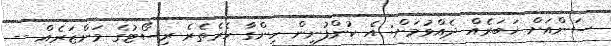
ސަންއަށް ޚަބަރެއް ދެއްވުމަށް: އެ ކުންފުނިން ހިންގާ ހެރެތެރެ ރިސޯޓުގެ މަންޒަރެއް --